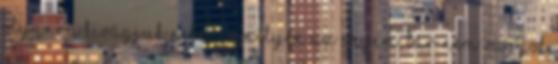
olyanra kivágjuk neked, amilyen az enyém, bár nem vagyok